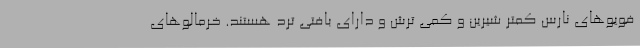
فویو‌های نارس کمتر شیرین و کمی ترش و دارای بافتی ترد هستند. خرمالوهای